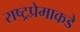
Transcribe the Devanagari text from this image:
राष्ट्रप्रेमाकडे